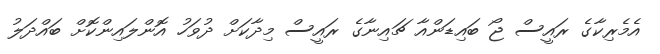
އެމެރިކާގެ ރައީސް ޖޯ ބައިޑަންއާ ޗައިނާގެ ރައީސް މިދާކަށް ދުވަހު އޮންލައިންކޮށް ބައްދަލު